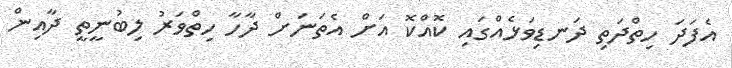
އެފަދަ ހިތްދަތި ދަނޑިވަޅެއްގައި ކޮއްކޮ އަށް އެތަނަށް ދާހާ ހިތްވަރު ލިބުނީތީ ދާއިން